Annual report of the Imperial Bacteriologist
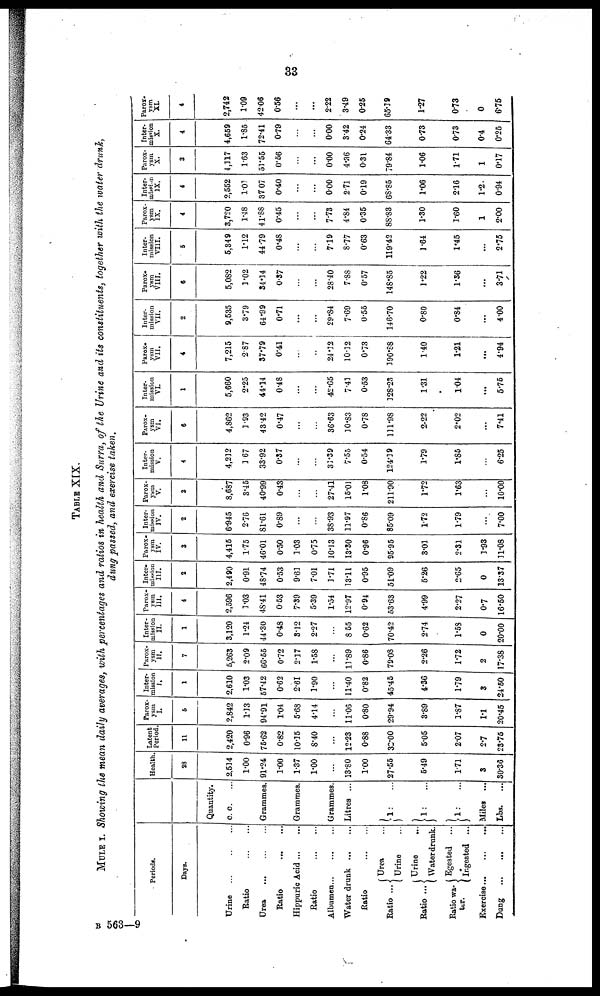
33
TABLE XIX.
MULE I. Showing the mean daily averages, with percentages and ratios in health and Surra, of the Urine and its constituents, together with the water drunk,
dung passed, and exercise taken.
Periods.
Days.
Urine ...
Ratio
Urea
Ratio
Hippuric Acid
Ratio
Albumen
Water drunk
Ratio
{Urea
Ratio ...
Urine
{ Urine
...
Ratio ...
{ Water drunk.
Ratio wa¬{Egested ...
ter {Ingested
...
Exercise
Dung
Quantity.
c. c.
Grammes.
Grammes.
Grammes.
Litres ...
}1 ..
}1: ...
..
.
Miles ...
Lbs
...
Health
28
2.514
1.00
91.24
1.00
1.37
1.00
...
13.80
1.00
27.55
5.49
1.71
3
30.35
Latent
Period
11
2,420
0.96
75.62
0.82
10.15
8.40
...
12.23
0.88
32.00
5.05
2.07
2.7
23.75
Parox-
ysm
I
5
2,842
1.13
94.91
1.04
5.68
4.14
11.06
0.80
29.94
3.89
1.87
1.1
20.45
Inter-
mission
I.
1
2,610
1.03
57.42
0.62
2.61
1.90
...
11.40
0.82
45.45
4.36
1.79
3
24.50
Parox-
ysm
II.
7
5,263
2.09
66.55
0.72
2.17
1.58
...
11.89
0.86
79.08
2.26
1.72
2
17.38
Inter-
mission
II.
1
3,120
1.24
44.30
0.48
3.12
2.27
8.55
0.62
70.42
2.74
1.58
0
20.00
Parox-
ysm
III.
4
2,596
1.03
48.41
0.53
7.39
5.39
1.54
12.97
0.94
53.63
4.99
2.27
0.7
16.50
Inter-
mission
III.
2
2,490
0.91
48.74
0.53
9.61
7.01
3.71
13.11
0.95
51.09
5.26
2.65
0
13.37
Parox-
ysm
IV.
3
4,415
1.75
46.01
0.50
1.03
0.75
10.13
13.30
0.96
95.95
3.01
2.31
1.93
11.08
Inter-
mission
IV.
2
6,945
2.76
81.61
0.89
...
...
38.93
11.97
0.86
85.09
1.72
1.79
...
7.00
Parox-
ysm
V.
3
8,687
3.45
40.99
0.43
...
...
27.41
15.01
1.08
21190
1.72
1.63
...
10.00
Inter-
mission
V.
4
4,212
3.67
33.92
0.37
...
31.39
7.55
0.54
124.39
1.79
1.85
...
6.25
Parox-
ysm
VI.
6
4,862
3.93
43.42
0.47
...
36.63
10.83
0.78
111.98
2.22
2.02
...
7.41
Inter-
mission
VI.
1
5,660
2.25
44.14
0.48
...
...
42.65
7.41
0.53
128.23
1.31
1.04
...
5.75
Parox-
ysm
VII.
4
7,215
2.87
37.79
0.41
...
..
24.12
10.12
0.73
190.88
1.40
1.21
...
4.94
Inter-
mission
VII.
2
9,535
3.79
64.99
0.71
...
...
29.84
7.69
0.55
146.70
0.80
0.84
...
4.00
Parox-
ysm
VIII.
6
5,082
1.02
34.14
0.37
28.40
7.88
0.57
148.85
1.22
1.36
...
3.71
Inter-
mission
VIII.
5
5,349
1.12
44.79
0.48
...
...
7.19
8.77
0.63
119.42
1.64
1.45
...
2.75
Parox-
ysm
IX.
4
3,720
1.48
41.88
0.45
...
...
7.73
4.84
0.35
88.83
1.30
1.60
1
2.00
Inter-
mission
IX.
4
2,552
1.01
37.07
0.40
...
...
0.00
2.71
0.19
68.85
1.06
2.16
1.2.
0.94
Parox-
ysm
X.
3
4,117
1.63
51.55
0.56
...
0.00
4.36
0.31
79.84
1.06
1.71
1
0.17
Inter-
mission
X.
4
4,659
1.85
72.41
0.79
...
0.00
3.42
0.24
64.33
0.73
0.73
0.4
0.25
Parox-
ysm
XL
4
2,742
1.09
42.06
0.56
...
...
2.22
3.49
0.25
65.39
1.27
0.73
0
6.75
B 563—9